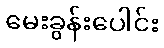
မေးခွန်းပေါင်း